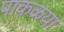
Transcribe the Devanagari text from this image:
पाकळया